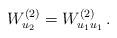
LaTeX: \begin{align*} W^{(2)}_{u_2}=W^{(2)}_{u_1 u_1}\, . \end{align*}